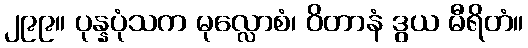
၂၉၉။ ပုန္နပုံသက မုလ္လောစံ၊ ဝိတာနံ ဒွယ မီရိတံ။